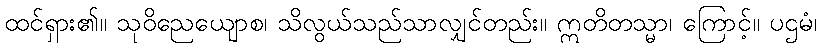
ထင်ရှား၏။ သုဝိညေယျောစ၊ သိလွယ်သည်သာလျှင်တည်း။ ဣတိတသ္မာ၊ ကြောင့်။ ပဌမံ၊